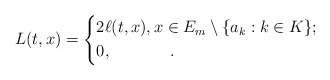
\begin{align*}L(t,x)=\left\lbrace\begin{aligned}&2\ell(t,x),x\in E_m\setminus \{a_k: k\in K\};\\&0,\qquad\quad\;\; . \end{aligned}\right.\end{align*}